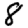
Digit: 8